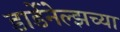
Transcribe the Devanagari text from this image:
डार्डेनेल्झच्या